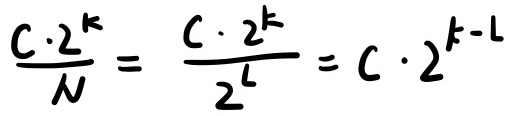
\[ \frac{C\cdot 2^{k}}{N} = \frac{C\cdot 2^{k}}{2^{L}} = C\cdot 2^{k - L} \]